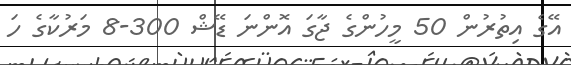
އޭގެ އިތުރުން 50 މީހުންގެ ޖާގަ އޮންނަ ޑޭޝް 300-8 މަރުކާގެ ހަ